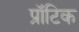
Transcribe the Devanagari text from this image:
प्रॉटिक